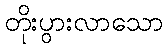
တိုးပွားလာသော